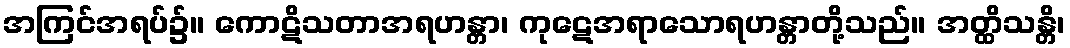
အကြင်အရပ်၌။ ကောဋိသတာအရဟန္တာ၊ ကုဋေအရာသောရဟန္တာတို့သည်။ အတ္ထိသန္တိ၊